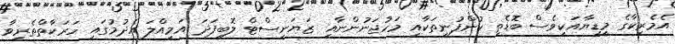
އެމެރިކާގެ މީޑިޔާއަކީވެސް ބޮޑެތި ކުންފުނިތަކާއި މަހުޖަނުންނާއި ޒަޔަނިސްޓް ލޮބީފަދަ އަމިއްލަ އެދުމުގައި ހަރަކާތްތެރިވާ